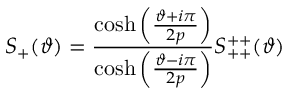
S _ { + } ( \vartheta ) = \frac { \cosh \left( \frac { \vartheta + i \pi } { 2 p } \right) } { \cosh \left( \frac { \vartheta - i \pi } { 2 p } \right) } S _ { + + } ^ { + + } ( \vartheta )